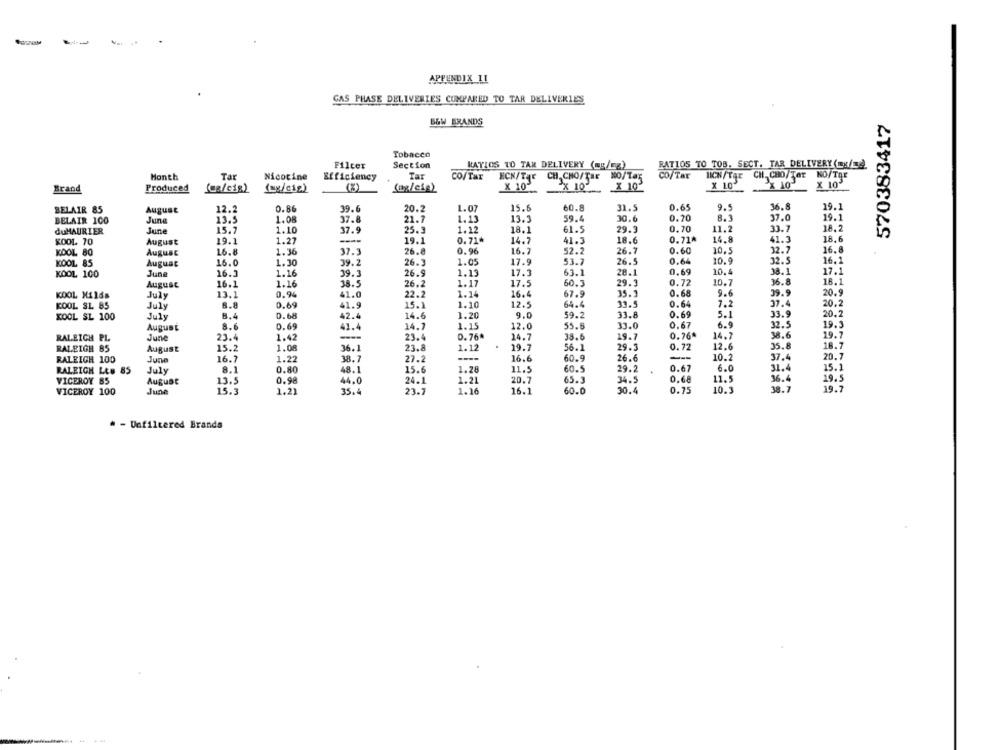
APPENDIX 11
GAS PHASE DELIVERIES COMPARED TO TAR DELIVERIES
B&W BRANDS
570383417
Tobacco
Filter
Section
RATIOS TO TAR DELIVERY (=B/mg)
RATIOS TO TOB. SECT. TAR DELIVERY (mg/d
NO/Tar
Month
Tar
Nicotine
Efficiency
Tar
CO/Tar
HCN/TAK
CH. CHO/Tar
NO/Tax
CO/Tar
LCN/Tar
CH. CHO/Tar
Brand
Produced
(oa/cig)
(ug/ciz)
X 10
X 10
X 10
× 10
X 10
X 10
BELAIR 85
August
12.2
0.86
39.6
20.2
1.07
15.6
60.8
31.5
0.65
9.9
36.8
19.1
1.08
37.8
21.7
59.4
30.6
0.20
37.0
19.1
BELAIR 100
June
13.5
1.13
13.3
duMAURIER
June
15.7
1.10
37.9
25.3
1.12
18.1
61.5
29.3
0.70
11.2
33.7
18.2
KOOL. 70
August
19.1
1.27
----
19.1
0.71*
14.7
41.3
18.6
0.71^
14.8
41.3
18.6
16.8
KOOL 80
August
16.8
1.36
37.3
26.8
0.96
16.7
52.2
26.7
0.60
10.5
32.7
KOOL 85
August
16.0
1.30
39.2
26.3
1.05
17.9
53.7
26.5
0.64
10.9
32.5
16.1
0.69
10.4
38.1
17.1
KOOL 100
June
16.3
1.16
39.3
26.9
1.13
17.3
63.1
28.1
August
16.1
1.16
38.5
26.2
1.17
17.5
60.3
29.3
0.72
10.7
36.8
18.1
0.94
22.2
1.14
16.4
35.1
0.68
9.6
39.9
20.9
KOOL Hilds
July
13.1
41.0
67.9
KOOL S1. 85
July
6.8
0.69
41.9
15.1
1.10
12.5
64.4
33.5
0.64
7.2
37.4
20.2
KOOL SL 100
8.4
0.68
42.4
14.6
1.20
9.0
59.2
31.8
0.69
5.1
33.9
20.2
July
6.9
32.5
19.3
August
8.6
0.69
41.4
14.7
1.15
12.0
55.8
33.0
0.67
RALEIGH PL
June
23.4
1.42
----
23.4
0.76^
14.7
33.6
19.7
0.76ª
14.7
38.6
19.7
.
56.1
29.3
0.72
12.6
35.8
18.7
RALEIGH 85
August
15.2
1.08
36.1
23.8
1.12
19.7
RALEIGH 100
June
16.7
1.22
38.7
27.2
16.6
60.9
26.6
---
10.2
37.4
20.7
15.6
1.28
11.5
60.5
29.2
0.67
6.0
31.4
15.1
RALEIGH LE# 85
July
8.1
0.80
48.1
VICEROY 85
August
13.5
0.98
44.0
24.1
1.21
20.7
65.3
34.5
0.68
11.5
36.4
19.5
June
15.3
1.21
23.7
1.16
16.1
60.0
30.4
0.75
10.3
38.7
19.7
VICEROY 100
35.4
# - Unfiltered Brands